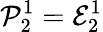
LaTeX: \mathcal{P}_{2}^{1}=\mathcal{E}_{2}^{1}